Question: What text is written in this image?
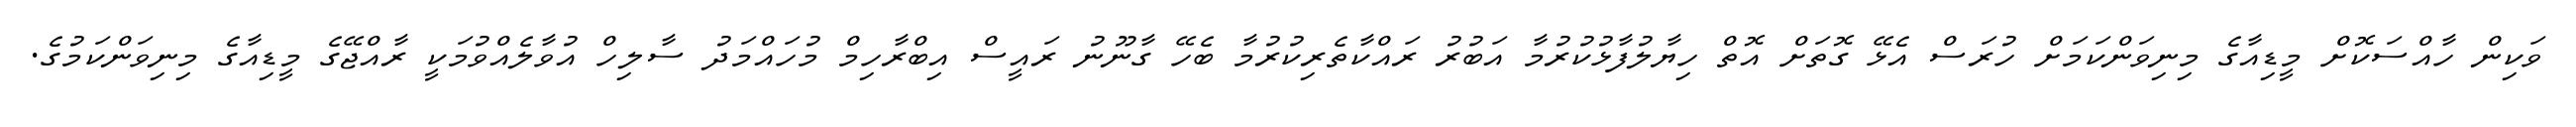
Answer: ވަކިން ހާއްސަކޮށް މީޑިއާގެ މިނިވަންކަމަށް ހުރަސް އެޅޭ ގޮތަށް އޮތް ހިޔާލުފާޅުކުރުމާ އަބުރު ރައްކާތެރިކުރުމާ ބެހޭ ގާނޫނު ރައީސް އިބްރާހިމް މުހައްމަދު ސާލިހް އުވާލެއްވުމަކީ ރާއްޖޭގެ މީޑިއާގެ މިނިވަންކަމުގެ.